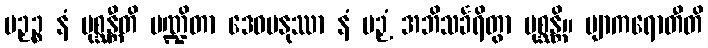
ပဉှဉ္စ နံ ပုစ္ဆန္တီတိ ပဏ္ဍိတာ ဒေဝမနုဿာ နံ ပဉှံ အဘိသင်္ခရိတွာ ပုစ္ဆန္တိ။ ဗျာကရောတီတိ